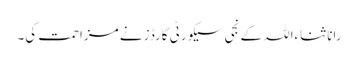
رانا ثناءاللہ کے نجی سیکورٹی گارڈز نے مزاحمت کی۔